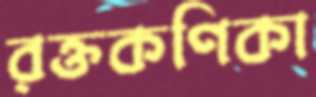
রক্তকণিকা